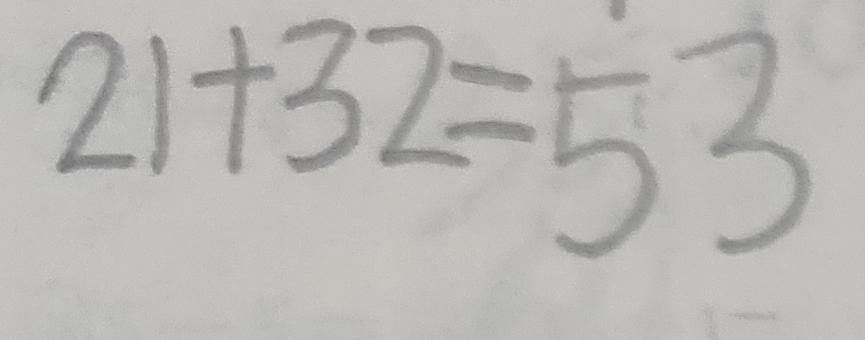
2 1 + 3 2 = 5 3